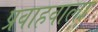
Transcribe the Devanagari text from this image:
प्रवाहवाला